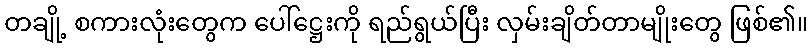
တချို့ စကားလုံးတွေက ပေါ်ဋ္ဌေးကို ရည်ရွယ်ပြီး လှမ်းချိတ်တာမျိုးတွေ ဖြစ်၏။